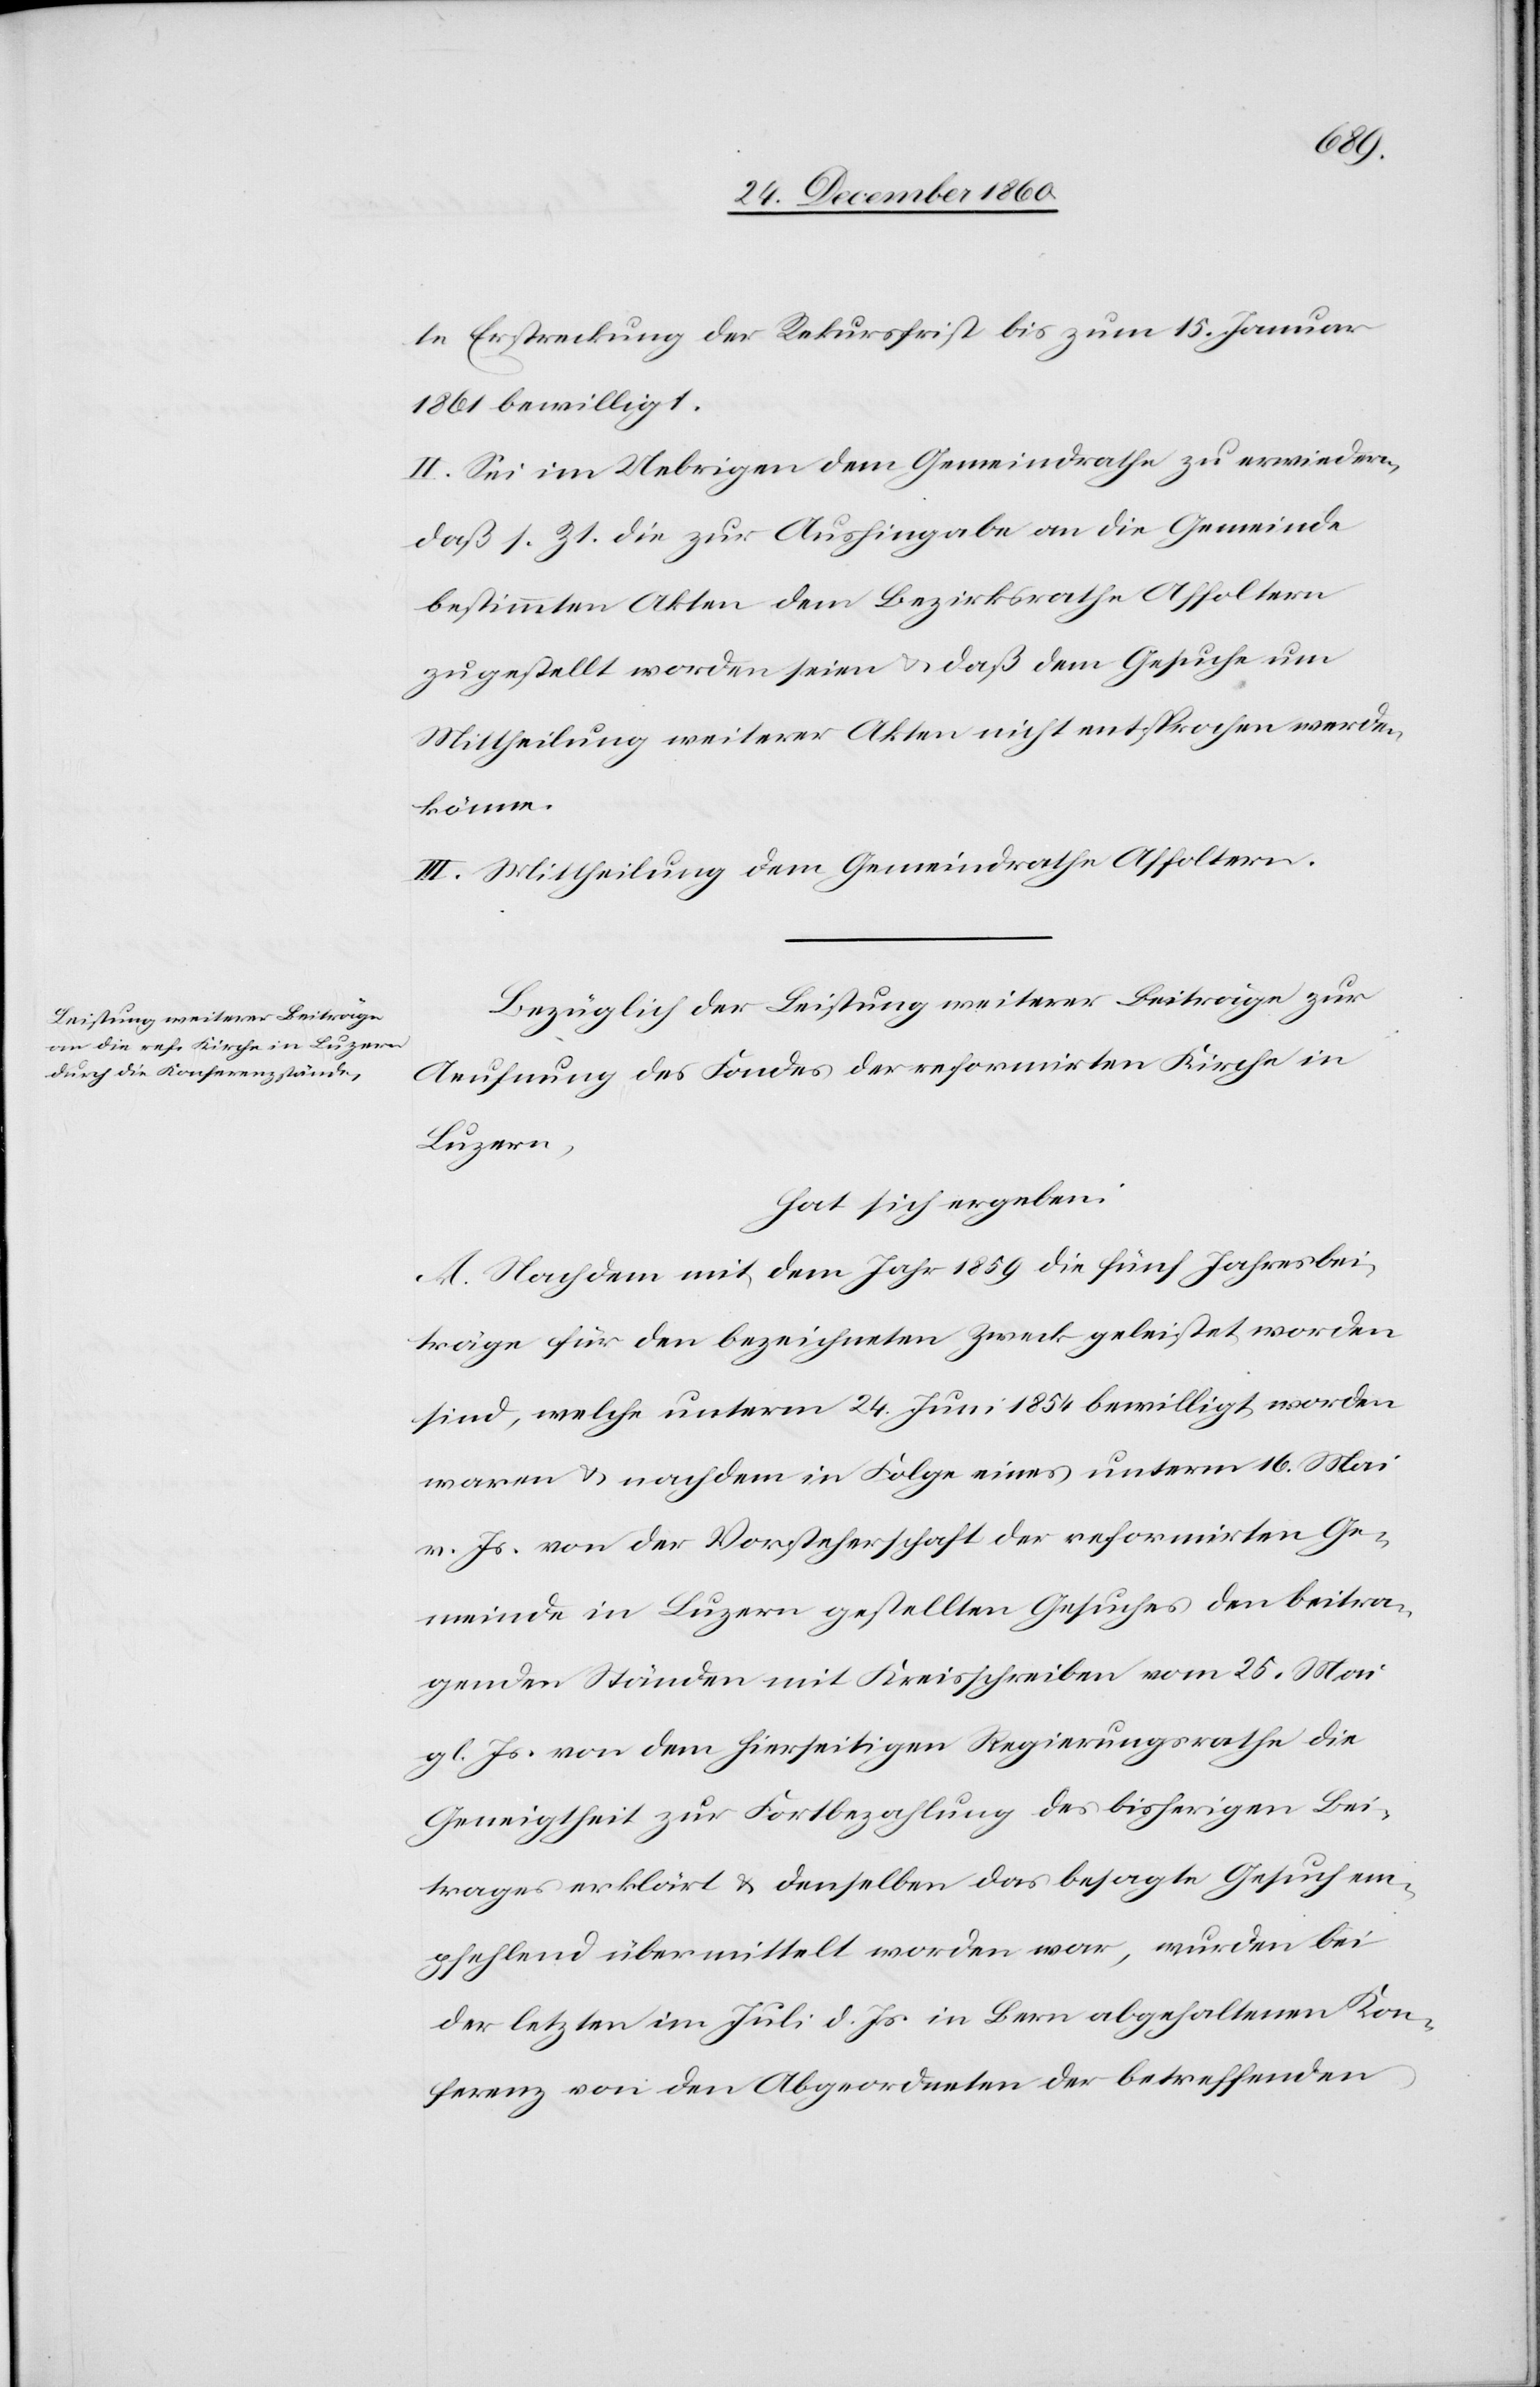
te Erstreckung der Rekursfrist bis zum 15. Januar
1861 bewilligt.
II. Sei im Uebrigen dem Gemeindrathe zu erwiedern,
daß s. Zt. die zur Aushingabe an die Gemeinde
bestimmten Akten dem Bezirksrathe Affoltern
zugestellt worden seien u. daß dem Gesuche um
Mittheilung weiterer Akten nicht entsprochen werden
könne.
III. Mittheilung dem Gemeindrathe Affoltern.
Bezüglich der Leistung weiterer Beiträge zur
Aeufnung des Fondes der reformirten Kirche in
Luzern,
hat sich ergeben:
A. Nachdem mit dem Jahr 1859 die fünf Jahresbei¬
träge für den bezeichneten Zweck geleistet worden
sind, welche unterm 24. Juni 1854 bewilligt worden
waren u. nachdem in Folge eines unterm 16. Mai
v. Js. von der Vorsteherschaft der reformirten Ge¬
meinde in Luzern gestellten Gesuches den beitra¬
genden Ständen mit Kreisschreiben vom 25. Mai
gl. Js. von dem hierseitigen Regierungsrathe die
Geneigtheit zur Fortbezahlung des bisherigen Bei¬
trages erklärt u. denselben das besagte Gesuch em¬
pfehlend übermittelt worden war, wurden bei
der letzten im Juli d. Js. in Bern abgehaltenen Kon¬
ferenz von den Abgeordneten der betreffenden